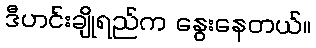
ဒီဟင်းချိုရည်က နွေးနေတယ်။